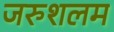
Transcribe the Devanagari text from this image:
जरुशलम